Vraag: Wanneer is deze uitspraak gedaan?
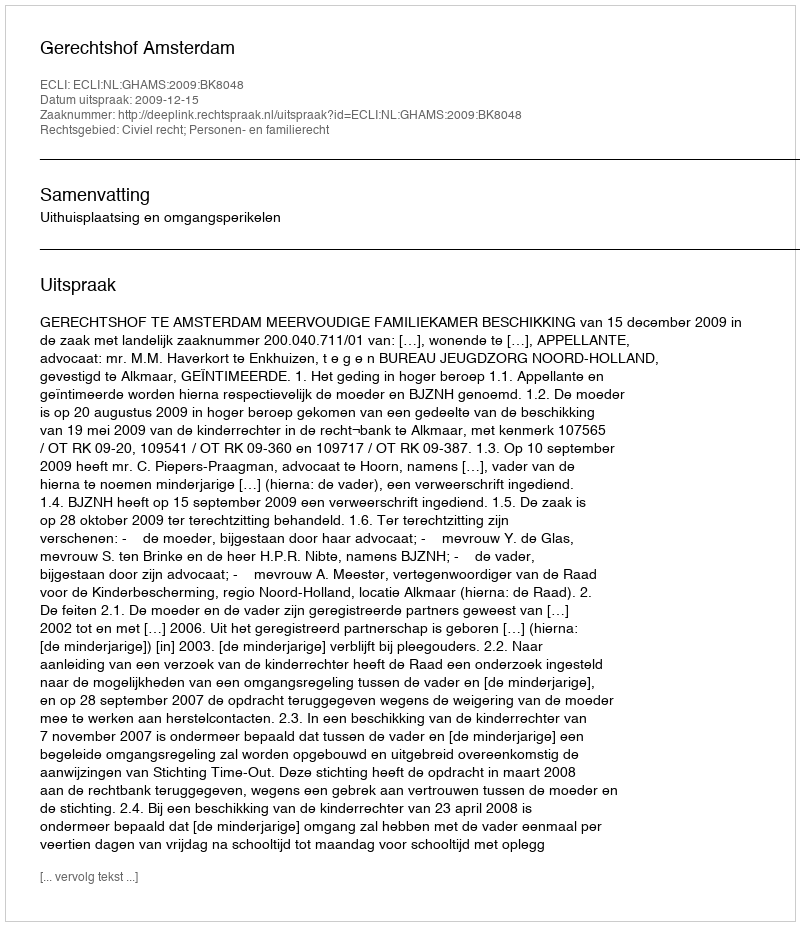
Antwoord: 2009-12-15